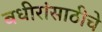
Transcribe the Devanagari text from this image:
बधीरांसाठीचे